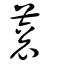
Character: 蔉